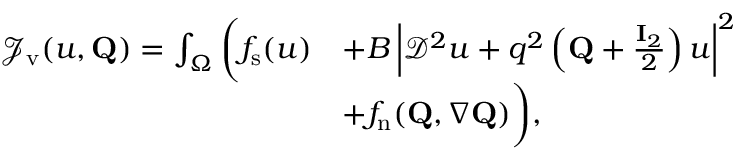
\begin{array} { r l } { \mathcal { J } _ { \mathrm { v } } ( u , \mathbf { Q } ) = \int _ { \Omega } \bigg ( f _ { \mathrm { s } } ( u ) } & { + B \left| \mathcal { D } ^ { 2 } u + q ^ { 2 } \left( \mathbf { Q } + \frac { \mathbf { I } _ { 2 } } { 2 } \right) u \right| ^ { 2 } \! \! \! \! \! \! \! \! } \\ & { + f _ { \mathrm { n } } ( \mathbf { Q } , \nabla \mathbf { Q } ) \bigg ) , \! \! \! \! \! \! \! \! } \end{array}